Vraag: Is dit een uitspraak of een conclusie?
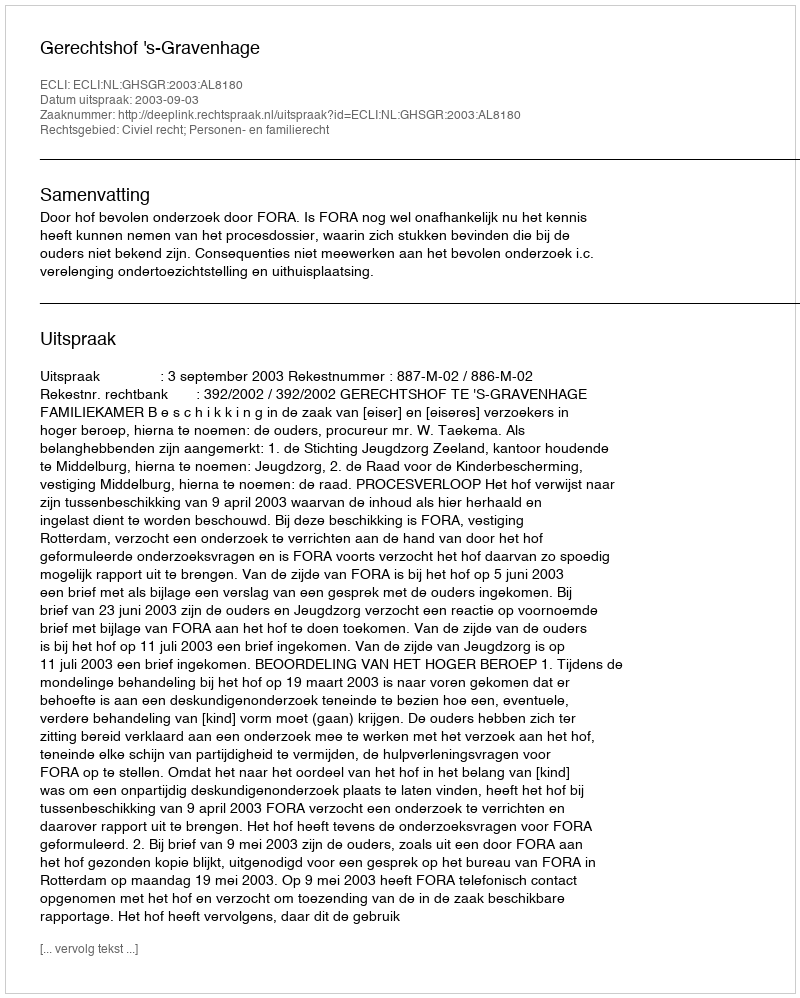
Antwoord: Uitspraak